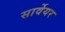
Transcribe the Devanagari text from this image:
सार्वेयर